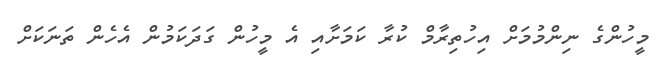
މީހުންގެ ނިންމުމަށް އިހުތިރާމް ކުރާ ކަމަށާއި އެ މީހުން ގަދަކަމުން އެހެން ތަނަކަށް